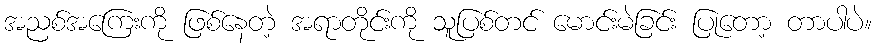
အညစ်အကြေးကို ဖြစ်နေတဲ့ အရာတိုင်းကို သူပြစ်တင် မောင်းမဲခြင်း ပြုတော့ တာပါပဲ။